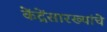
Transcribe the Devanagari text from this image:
केंद्रेंसारख्यांचे